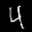
Label: 4